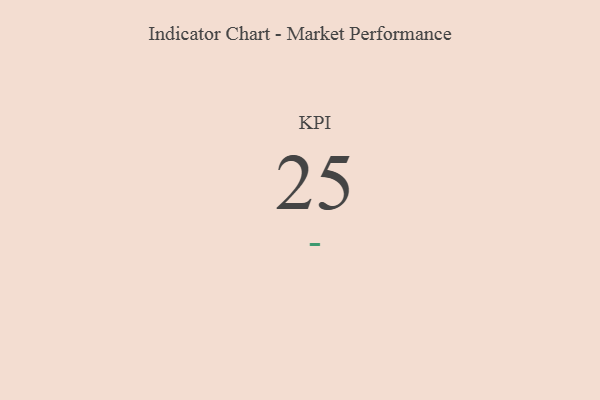
{"axis": {"x": "KPI", "y": "Value"}, "legend": [""], "data": [{"x": "KPI", "y": 25, "type": ""}]}